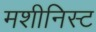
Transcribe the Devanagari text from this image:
मशीनिस्ट